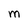
Character: m